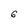
Character: 6